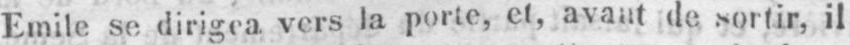
Emile se dirigea vers la porte, et, avant de sortir, il